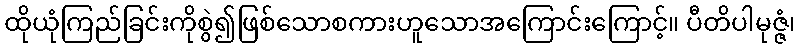
ထိုယုံကြည်ခြင်းကိုစွဲ၍ဖြစ်သောစကားဟူသောအကြောင်းကြောင့်။ ပီတိပါမုဇ္ဇံ၊